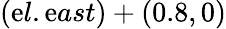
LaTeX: (\mathrm{e}l.\mathrm{e}ast)+(0.8,0)